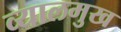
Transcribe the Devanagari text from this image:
व्यालमुख